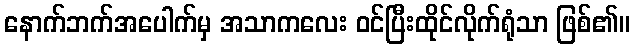
နောက်ဘက်အပေါက်မှ အသာကလေး ဝင်ပြီးထိုင်လိုက်ရုံသာ ဖြစ်၏။